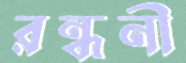
রন্ধনী